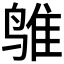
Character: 𱊅